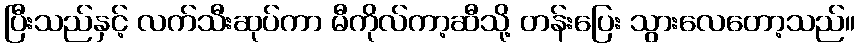
ပြီးသည်နှင့် လက်သီးဆုပ်ကာ မီကိုလ်ကာ့ဆီသို့ တန်းပြေး သွားလေတော့သည်။